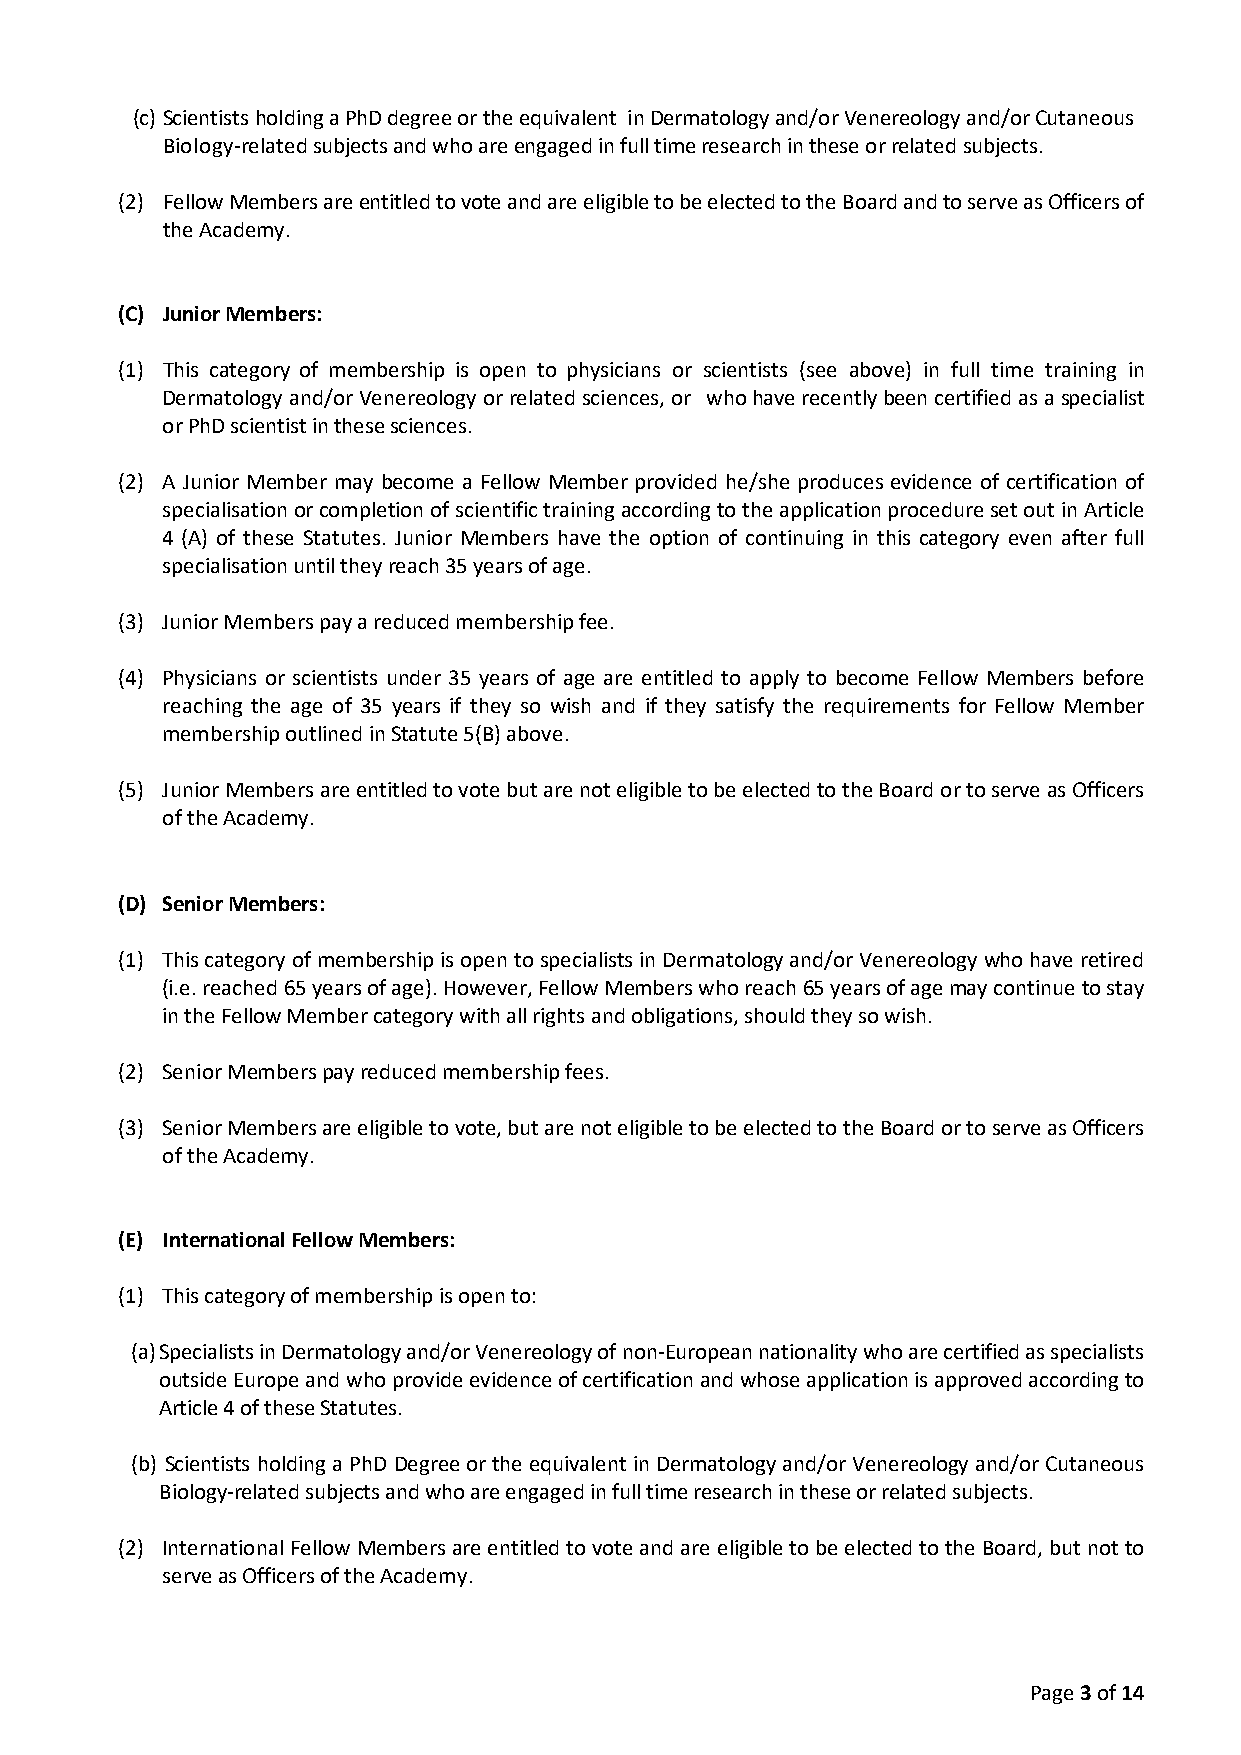
(c) Scientists holding a PhD degree or the equivalent in Dermatology and/or Venereology and/or Cutaneous
 Biology-related subjects and who are engaged in full time research in these or related subjects.
 (2) Fellow Members are entitled to vote and are eligible to be elected to the Board and to serve as Officers of
 the Academy.
 (C) Junior Members:
 (1) This category of membership is open to physicians or scientists (see above) in full time training in
 Dermatology and/or Venereology or related sciences, or who have recently been certified as a specialist
 or PhD scientist in these sciences.
 (2) A Junior Member may become a Fellow Member provided he/she produces evidence of certification of
 specialisation or completion of scientific training according to the application procedure set out in Article
 4 (A) of these Statutes. Junior Members have the option of continuing in this category even after full
 specialisation until they reach 35 years of age.
 (3) Junior Members pay a reduced membership fee.
 (4) Physicians or scientists under 35 years of age are entitled to apply to become Fellow Members before
 reaching the age of 35 years if they so wish and if they satisfy the requirements for Fellow Member
 membership outlined in Statute 5(B) above.
 (5) Junior Members are entitled to vote but are not eligible to be elected to the Board or to serve as Officers
 of the Academy.
 (D) Senior Members:
 (1) This category of membership is open to specialists in Dermatology and/or Venereology who have retired
 (i.e. reached 65 years of age). However, Fellow Members who reach 65 years of age may continue to stay
 in the Fellow Member category with all rights and obligations, should they so wish.
 (2) Senior Members pay reduced membership fees.
 (3) Senior Members are eligible to vote, but are not eligible to be elected to the Board or to serve as Officers
 of the Academy.
 (E) International Fellow Members:
 (1) This category of membership is open to:
 (a) Specialists in Dermatology and/or Venereology of non-European nationality who are certified as specialists
 outside Europe and who provide evidence of certification and whose application is approved according to
 Article 4 of these Statutes.
 (b) Scientists holding a PhD Degree or the equivalent in Dermatology and/or Venereology and/or Cutaneous
 Biology-related subjects and who are engaged in full time research in these or related subjects.
 (2) International Fellow Members are entitled to vote and are eligible to be elected to the Board, but not to
 serve as Officers of the Academy.
 Page 3 of 14